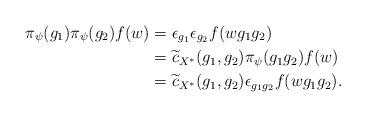
LaTeX: \begin{align*} \pi_{\psi}(g_1)\pi_{\psi}(g_2)f(w)&=\epsilon_{g_1} \epsilon_{g_2}f(wg_1g_2)\\ &=\widetilde{c}_{X^{\ast}}(g_1,g_2)\pi_{\psi}(g_1g_2)f(w)\\ &= \widetilde{c}_{X^{\ast}}(g_1,g_2)\epsilon_{g_1g_2}f(wg_1g_2). \end{align*}